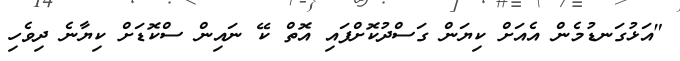
"އަޅުގަނޑުމެން އެއަށް ކިޔަން ގަސްދުކޮށްފައި އޮތް ކޭ ނައިން ސްކޮޑަށް ކިޔާނެ ދިވެހި